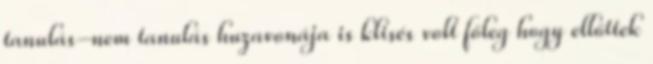
tanulás-nem tanulás huzavonája is klisés volt főleg hogy ellőttek